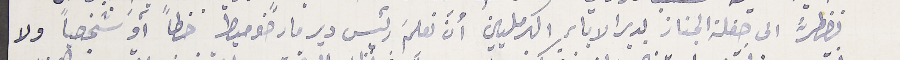
نضطرُّ الى حفلة الجناز بدير الاباء الكرمليين أن نعلمَ رئيس دير مار ضوميط خطًا أو شخصيًا ولا